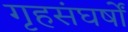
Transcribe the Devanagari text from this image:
गृहसंघर्षों